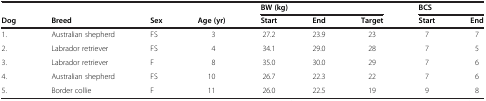
|  |  |  |  | <COLSPAN=3> BW (kg) | <COLSPAN=2> BCS |
 | Dog | Breed | Sex | Age (yr) | Start | End | Target | Start | End |
 | --- | --- | --- | --- | --- | --- | --- | --- | --- |
 | 1. | Australian shepherd | FS | 3 | 27.2 | 23.9 | 23 | 7 | 7 |
 | 2. | Labrador retriever | FS | 4 | 34.1 | 29.0 | 28 | 7 | 5 |
 | 3. | Labrador retriever | F | 8 | 35.0 | 30.0 | 29 | 7 | 6 |
 | 4. | Australian shepherd | FS | 10 | 26.7 | 22.3 | 22 | 7 | 6 |
 | 5. | Border collie | F | 11 | 26.0 | 22.5 | 19 | 9 | 8 |